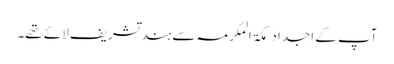
آپ کے اجداد مکۃ المکرمہ سے ہند تشریف لائے تھے۔